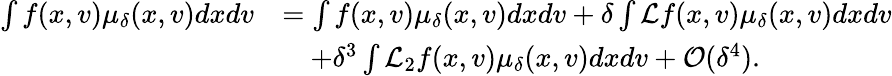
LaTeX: \begin{array}{rl}{\int f(x,v)\mu_{\delta}(x,v)dxdv}&{=\int f(x,v)\mu_{\delta}(x,v)dxdv+\delta\int\mathcal{L}f(x,v)\mu_{\delta}(x,v)dxdv}\\ &{\quad+\delta^{3}\int\mathcal{L}_{2}f(x,v)\mu_{\delta}(x,v)dxdv+\mathcal{O}(\delta^{4}).}\end{array}